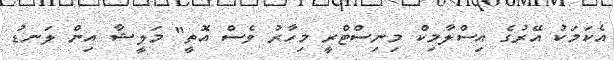
އެކަމަކު އޭރުގެ އިސްލާމިކް މިނިސްޓްރީ މިހާރު ވެސް އޮތީ" މަލީޝާ އިން ލަނޑު